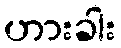
ဟားခါး